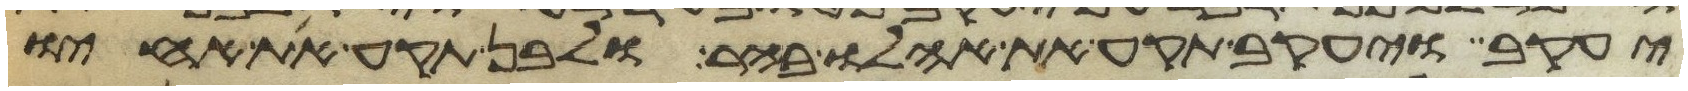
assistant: יעקב ויעקב תקע את אהלו בהר ולבן תקע את אחיו